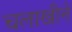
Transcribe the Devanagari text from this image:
चलाखीने